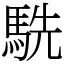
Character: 駪